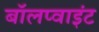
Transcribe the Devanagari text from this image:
बॉलप्वाइंट